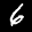
Label: 6